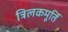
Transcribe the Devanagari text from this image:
त्रिलकमूर्ति